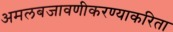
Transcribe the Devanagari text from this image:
अमलबजावणीकरण्याकरिता